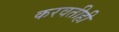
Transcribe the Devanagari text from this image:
करवतीही